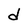
Character: d